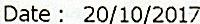
DATE : 20/10/2017